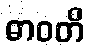
ဓာဝတိ